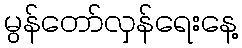
မွန်တော်လှန်ရေးနေ့